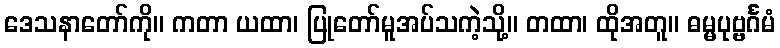
ဒေသနာတော်ကို။ ကတာ ယထာ၊ ပြုတော်မူအပ်သကဲ့သို့။ တထာ၊ ထိုအတူ။ ဓမ္မပုဗ္ဗင်္ဂမံ